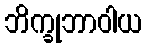
ဘိက္ခုဘာဝါယ